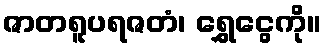
ဇာတရူပရဇတံ၊ ရွှေငွေကို။